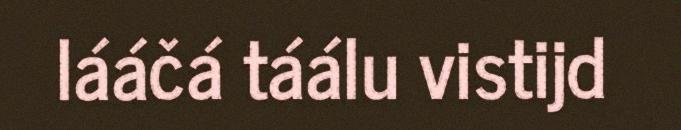
lááčá táálu vistijd